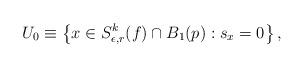
LaTeX: \begin{align*}U_0\equiv \big\{x\in S^k_{\epsilon,r}(f)\cap B_1(p): s_x=0\big\}\, ,\end{align*}